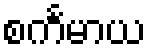
စင်္ကမာယ